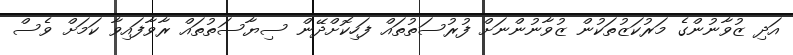
އަދި ޒުވާނުންގެ މަރުކަޒުތަކުން ޒުވާނުންނަށް ފުރުސަތުތައް ފަހިކޮށްދޭން ސިޔާސަތުތައް ރާވާފައިވާ ކަމަށް ވެސް